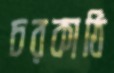
চরকাঠি